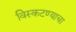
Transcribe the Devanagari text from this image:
विस्कटण्याचा